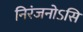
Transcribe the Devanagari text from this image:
निरंजनोऽसि